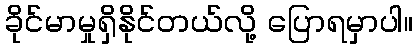
ခိုင်မာမှုရှိနိုင်တယ်လို့ ပြောရမှာပါ။